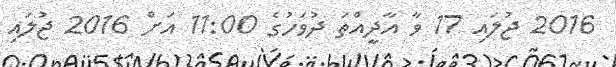
2016 ޖުލައި 17 ވާ އާދީއްތަ ދުވަހުގެ 11:00 އަށް 2016 ޖުލައި